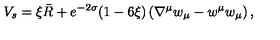
V _ { s } = \xi \bar { R } + e ^ { - 2 \sigma } ( 1 - 6 \xi ) \left( \nabla ^ { \mu } w _ { \mu } - w ^ { \mu } w _ { \mu } \right) ,